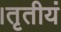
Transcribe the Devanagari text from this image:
।तृतीयं